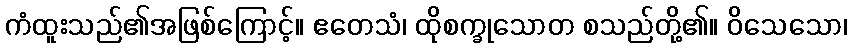
ကံထူးသည်၏အဖြစ်ကြောင့်။ ဧတေသံ၊ ထိုစက္ခုသောတ စသည်တို့၏။ ဝိသေသော၊